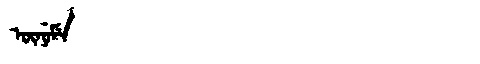
Manchu: ᡡᠨᡠᠮᡝ
Romanization: ŪNUME